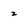
Character: z